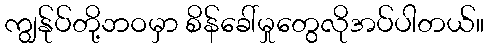
ကျွန်ုပ်တို့ဘဝမှာ စိန်ခေါ်မှုတွေလိုအပ်ပါတယ်။